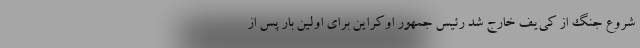
شروع جنگ از کی‌یف خارج شد رئیس جمهور اوکراین برای اولین بار پس از